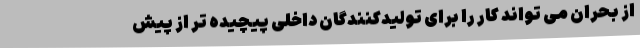
از بحران می تواند کار را برای تولیدکنندگان داخلی پیچیده تر از پیش